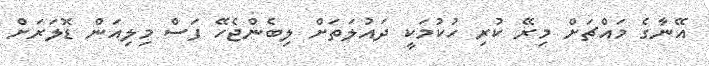
އޭނާގެ މައްޗަށް މިރޭ ކުރި ހުކުމަކީ ދައުލަތަށް ލިބެންޖެހޭ ފަސް މިލިއަން ޑޮލަރަށް